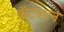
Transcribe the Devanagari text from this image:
कॅटलान